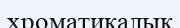
хроматикалық